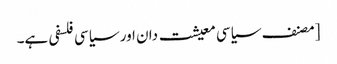
[مصنف سیاسی معیشت دان اور سیاسی فلسفی ہے۔